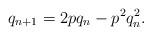
LaTeX: \begin{align*}q_{n+1} = 2p q_n - p^2 q_n^2.\end{align*}